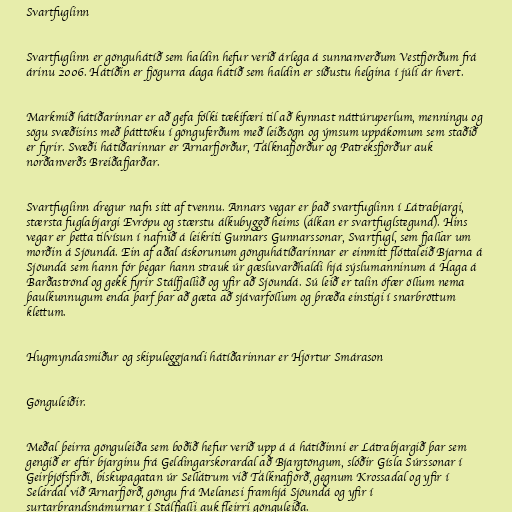
Svartfuglinn

Svartfuglinn er gönguhátíð sem haldin hefur verið árlega á sunnanverðum Vestfjörðum frá
árinu 2006. Hátíðin er fjögurra daga hátíð sem haldin er síðustu helgina í júlí ár hvert.

Markmið hátíðarinnar er að gefa fólki tækifæri til að kynnast náttúruperlum, menningu og
sögu svæðisins með þátttöku í gönguferðum með leiðsögn og ýmsum uppákomum sem staðið
er fyrir. Svæði hátíðarinnar er Arnarfjörður, Tálknafjörður og Patreksfjörður auk
norðanverðs Breiðafjarðar.

Svartfuglinn dregur nafn sitt af tvennu. Annars vegar er það svartfuglinn í Látrabjargi,
stærsta fuglabjargi Evrópu og stærstu álkubyggð heims (álkan er svartfuglstegund). Hins
vegar er þetta tilvísun í nafnið á leikriti Gunnars Gunnarssonar, Svartfugl, sem fjallar um
morðin á Sjöundá. Ein af aðal áskorunum gönguhátíðarinnar er einmitt flóttaleið Bjarna á
Sjöundá sem hann fór þegar hann strauk úr gæsluvarðhaldi hjá sýslumanninum á Haga á
Barðaströnd og gekk fyrir Stálfjallið og yfir að Sjöundá. Sú leið er talin ófær öllum nema
þaulkunnugum enda þarf þar að gæta að sjávarföllum og þræða einstigi í snarbröttum
klettum.

Hugmyndasmiður og skipuleggjandi hátíðarinnar er Hjörtur Smárason

Gönguleiðir.

Meðal þeirra gönguleiða sem boðið hefur verið upp á á hátíðinni er Látrabjargið þar sem
gengið er eftir bjarginu frá Geldingarskorardal að Bjargtöngum, slóðir Gísla Súrssonar í
Geirþjófsfirði, biskupagatan úr Sellátrum við Tálknafjörð, gegnum Krossadal og yfir í
Selárdal við Arnarfjörð, göngu frá Melanesi framhjá Sjöundá og yfir í
surtarbrandsnámurnar í Stálfjalli auk fleirri gönguleiða.